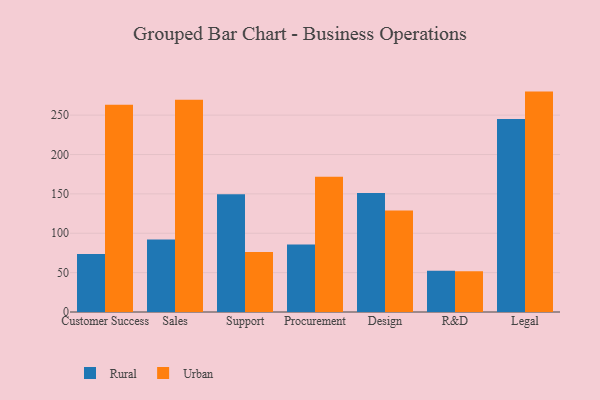
{"axis": {"x": "Department", "y": "Revenue (USD Million)"}, "legend": ["Rural", "Urban"], "data": [{"x": "Customer Success", "y": 73.8, "type": "Rural"}, {"x": "Customer Success", "y": 263.1, "type": "Urban"}, {"x": "Sales", "y": 92.2, "type": "Rural"}, {"x": "Sales", "y": 269.5, "type": "Urban"}, {"x": "Support", "y": 149.5, "type": "Rural"}, {"x": "Support", "y": 76.1, "type": "Urban"}, {"x": "Procurement", "y": 85.8, "type": "Rural"}, {"x": "Procurement", "y": 171.8, "type": "Urban"}, {"x": "Design", "y": 151.2, "type": "Rural"}, {"x": "Design", "y": 129.0, "type": "Urban"}, {"x": "R&D", "y": 52.4, "type": "Rural"}, {"x": "R&D", "y": 51.6, "type": "Urban"}, {"x": "Legal", "y": 245.2, "type": "Rural"}, {"x": "Legal", "y": 279.9, "type": "Urban"}]}